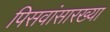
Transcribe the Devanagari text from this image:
पिसवांसारख्या